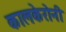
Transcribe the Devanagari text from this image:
कालकेरोनी